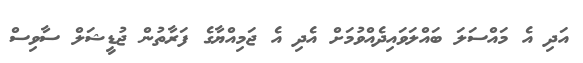
އަދި އެ މައްސަލަ ބައްލަވައިދެއްވުމަށް އެދި އެ ޖަމިއްޔާގެ ފަރާތުން ޖުޑީޝަލް ސާވިސް